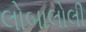
લોબાલોલી